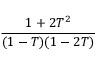
\frac { 1 + 2 T ^ { 2 } } { ( 1 - T ) ( 1 - 2 T ) }